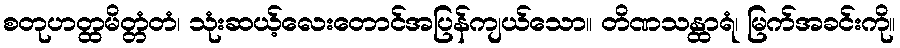
စတုဟတ္ထမိတ္တံတံ၊ သုံးဆယ့်လေးတောင်အပြန်ကျယ်သော။ တိဏသန္ထာရံ၊ မြက်အခင်းကို။